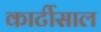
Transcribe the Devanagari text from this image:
कार्टीसाल